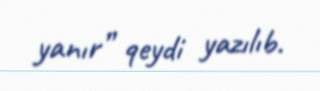
yanır” qeydi yazılıb.